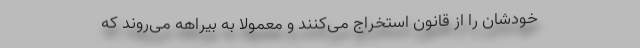
خودشان را از قانون استخراج می‌کنند و معمولاً به بیراهه می‌روند که